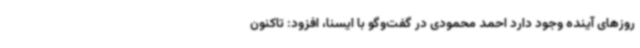
روزهای آینده وجود دارد احمد محمودی در گفت‌وگو با ایسنا، افزود: تاکنون